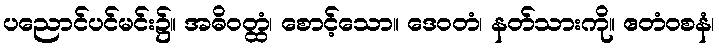
ပညောင်ပင်မင်း၌။ အဓိဝတ္ထံ၊ စောင့်သော။ ဒေဝတံ၊ နတ်သားကို။ ဧတံဝစနံ၊